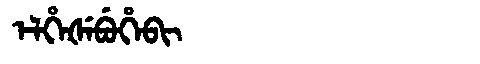
Manchu: ᡝᠯᡥᡝᡧᡝᠪᡠᡥᡝᠪᡳ
Romanization: ELHEŠEBUHEBI